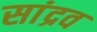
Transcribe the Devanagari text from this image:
सांद्रव